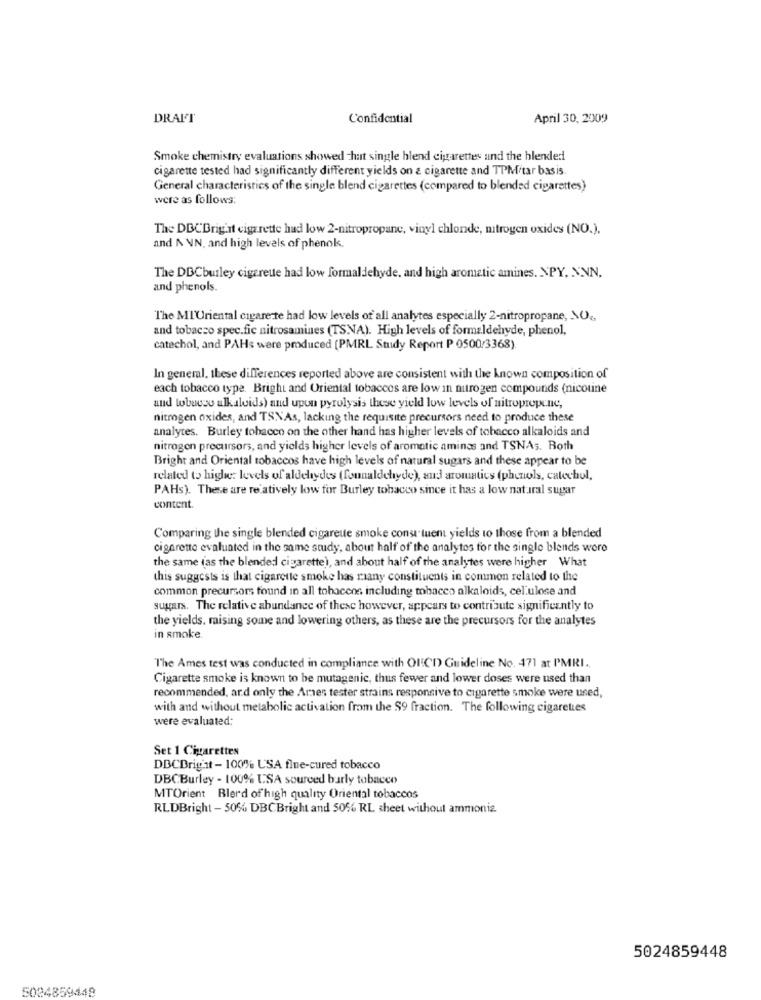
DRALT
Confidential
April 30, 2009
Smoke chemistry evaluations showed hat single blend cigarettes and the blended
cigarette tested had significantly different yields on & cigarette and TPMitar basis
General characteristics of the single blend cigarettes (compared to blended cigarettes)
were as follows:
The DBCBright cigarette had low 2-nitropropane, vinyl chlonde, nitrogen oxides (NO.).
and N NN, and high levels of phenok.
The DBCburley cigarette had low formaldehyde. and high aromatic amines. NPY, XNN,
and phenols.
The MI'Uriental cigare te had low levels of all analytes especially 2-nitropropane, NO .,
and tobacco spec.fic nitrosamines (TSNA). High levels of formaldehyde, phenol,
catechol, and PAHs were produced (PMRL Study Report P 0500/3368)
In general, these differences reported above are consistent with the known composition of
each tobacco type. Bright and Oriental tobaccos are low in nitrogen compounds (nicoune
and tobacco alkaloids) and upon pyrolysis these yield low levels of nitropropene,
nitrogen oxides, and TSNAs, lacking the requisite precursors need to produce these
analytes. Burley tobacco on the other hand has higher levels of tobacco alkaloids and
nitrogen precursors, and yields higher levels of aromatic aminas and TSNAs. Both
Bright and Oriental tobaccos have high levels of natural sugars and these appear to be
related to higher levels of aldehydes (founaldehyde), and aromatics (phenols, catechol,
PAHs). These are relatively low for Burley tobacco since it has a low natural sugar
content.
Comparing the single blended cigarette smoke const tuent yields to those from a blended
cigarette evaluated in the same study, about half of the analytes for the single blends were
the same (as the blended cigarette), and about half of the analytes were higher What
this suggests is that cigarette smoke has raany constituents in common related to the
common precursors found in all tobaccos including tobacco alkaloids, celulose and
sugars. The relative abundance of these however, appears to contribute significantly to
the yields, maising some and lowering others, as these are the precursors for the analytes
in smoke.
"The Ames test was conducted in compliance with OUCD Guideline No. 471 at PMRI.
Cigarette smoke is known to be mutagenic, thus fewer and lower doses were used than
recommended, ard only the Ames tester strains responsive to cigarette smoke were used,
with and without metabolic activation from the $9 fraction. The following cigarettes
were evaluated:
Set 1 Cigarettes
DBCBright - 100% USA flue-cured tobacco
DBCBurley - 100% USA sourced burly tobacco
MTOrient Blerd of high quality Oriental tobaccos
RLDBright - 50% DBCBright and 5056 RL sheet without ammonia.
5024859448
5024859448